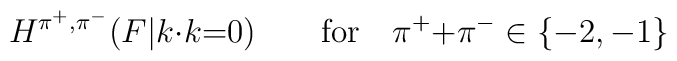
H^{\pi^+,\pi^-}(F|k{\cdot}k{=}0) \qquad {\rm for} \quad\pi^+{+}\pi^-\in\{-2,-1\}